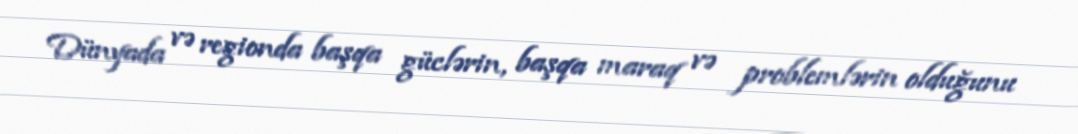
Dünyada və regionda başqa güclərin, başqa maraq və problemlərin olduğunu